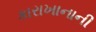
કારાખાનાની